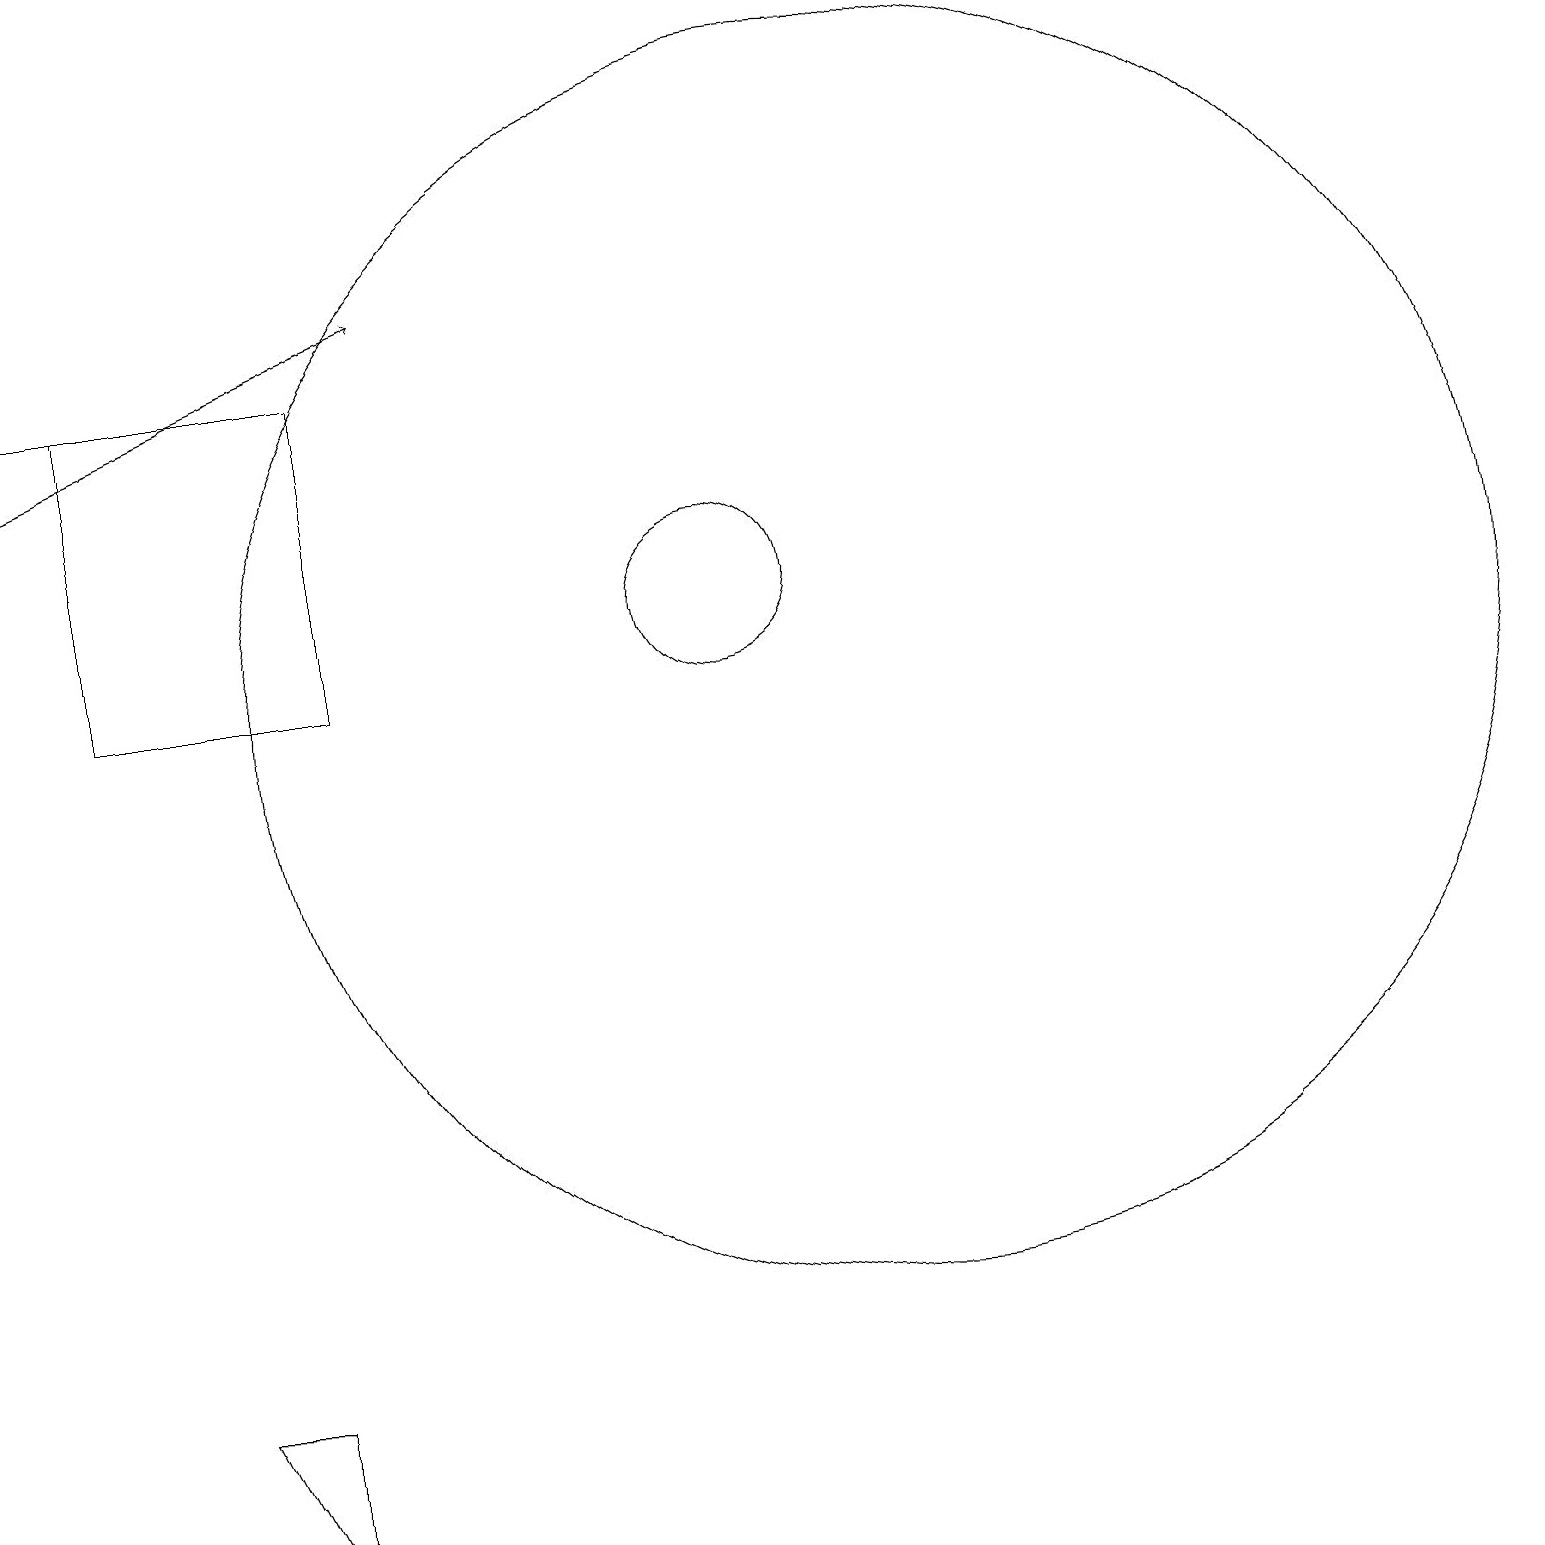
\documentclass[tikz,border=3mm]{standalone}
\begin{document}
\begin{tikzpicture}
\draw (4,2) -- (4,0) -- (3,2) -- cycle;
\draw (12,11) circle (8);
\draw[->] (1,14) -- (6,16);
\draw (5,11) rectangle (2,15);
\draw[->] (3,15) -- (1,15);
\draw (10,12) circle (1);
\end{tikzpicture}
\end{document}